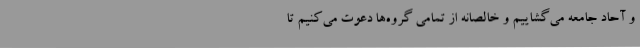
و آحاد جامعه می‌گشاییم و خالصانه از تمامی گروه‌ها دعوت می‌کنیم تا